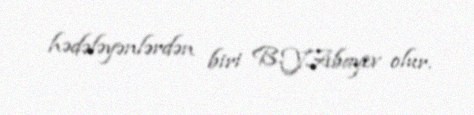
hədələyənlərdən biri B.Y.Abayev olur.